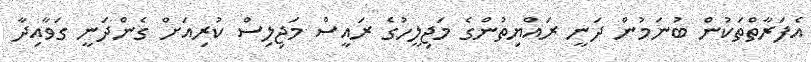
އެފަރާތްތަކުން ބުނަމުން ދަނީ ރައްޔިތުންގެ މަޖިލީހުގެ ރައީސް މަޖިލިސް ކުރިއަށް ގެންދަނީ ގަވާއިދާ